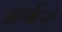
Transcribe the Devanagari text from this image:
क्लर्कने